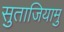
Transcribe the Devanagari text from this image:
सुताजियामु